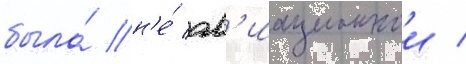
была́ н'е́ ав'иационнои /